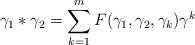
LaTeX: \begin{align*}\gamma_1 * \gamma_2 = \sum_{k=1}^m F(\gamma_1, \gamma_2, \gamma_k)\gamma^k\end{align*}